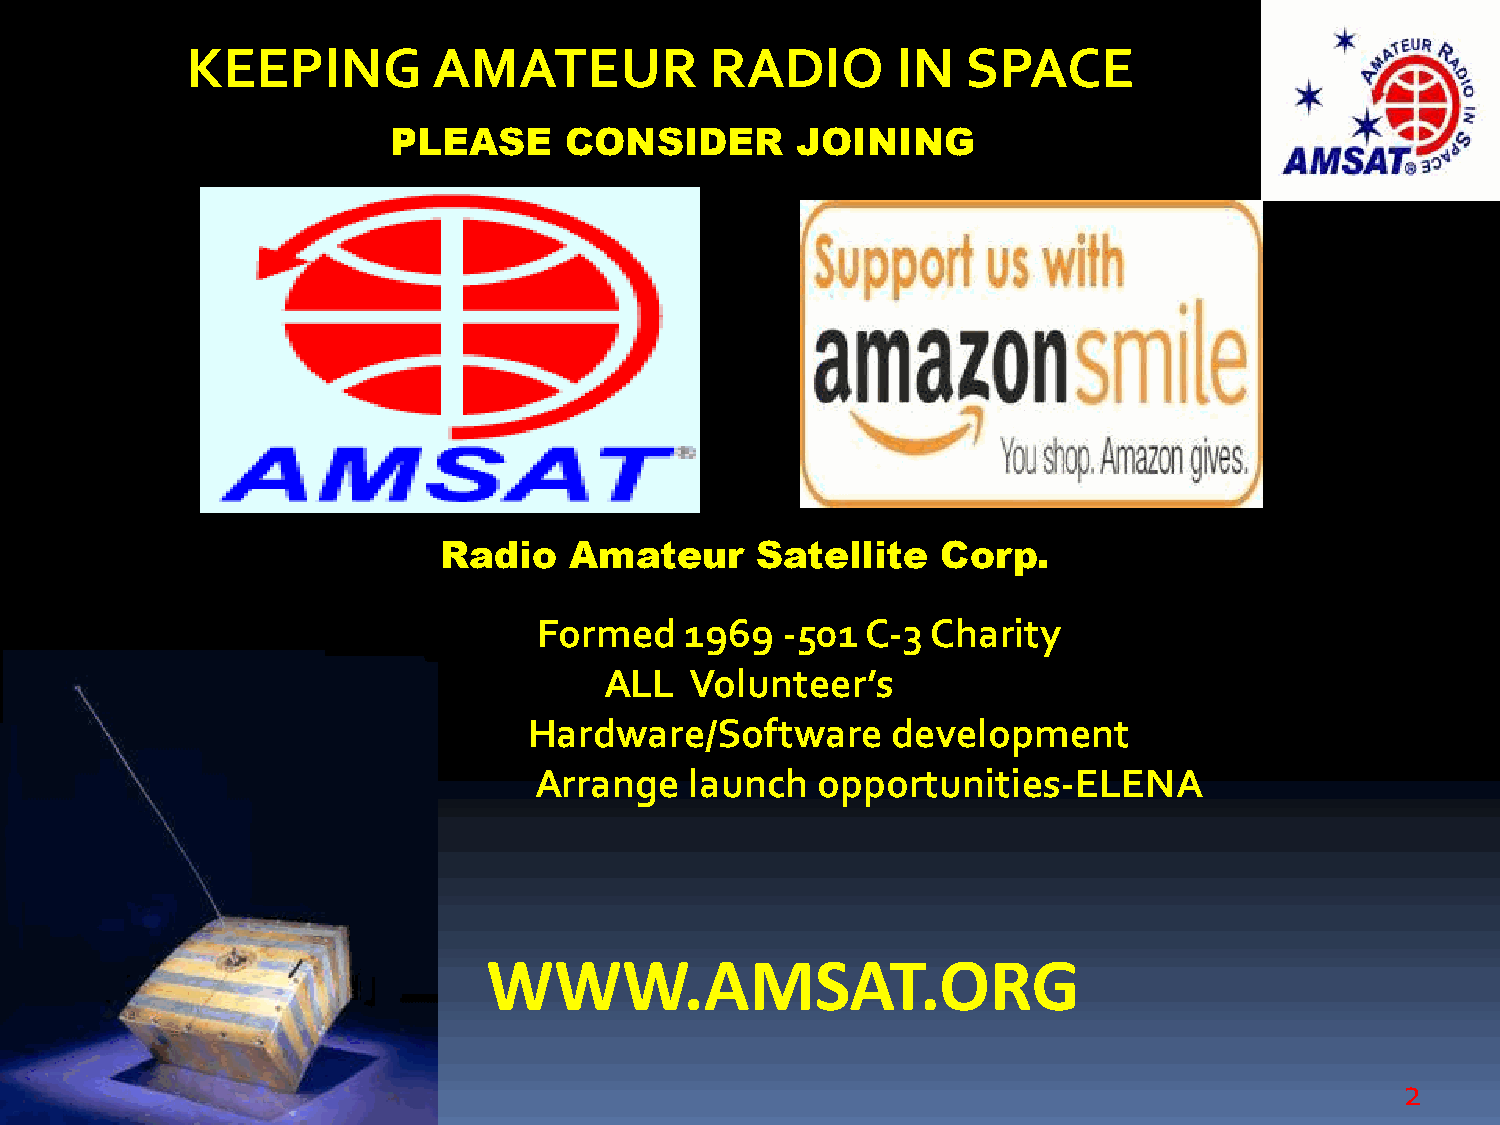
KEEPING          AMATEUR           RADIO       IN   SPACE
 PLEASE     CONSIDER        JOINING
 Radio    Amateur     Satellite   Corp.
 Formed   1969   -501 C-3  Charity
 ALL   Volunteer’s
 Hardware/Software       development
 Arrange    launch  opportunities-ELENA
 WWW.AMSAT.ORG
 2